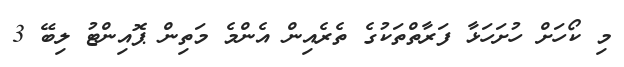
މި ކޯހަށް ހުށަހަޅާ ފަރާތްތަކުގެ ތެރެއިން އެންމެ މަތިން ޕޮއިންޓު ލިބޭ 3